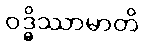
ဝဒ္ဓိဿာမာတိ